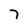
Character: 7